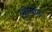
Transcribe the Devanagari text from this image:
यूरोबोंड